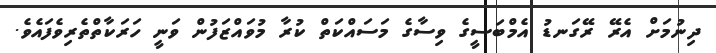
ދިނުމަށް އެރޭ ރޭގަނޑު އެމްބަސީގެ ވިސާގެ މަސައްކަތް ކުރާ މުވައްޒަފުން ވަނީ ހަރަކާތްތެރިވެފައެވެ.